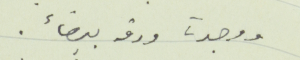
ووجدت ورقة بيضاء.